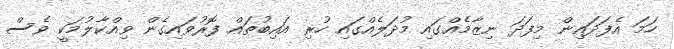
ހަމަ އެފަދައިން މިފަދަ ނިޒާމެއްގައި މުދަލެއްގައި ހުރި އައިބުތައް ފޮރުވައިގެން ވިއްކާލުމަކީ ވެސް